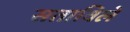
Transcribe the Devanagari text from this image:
सताविले